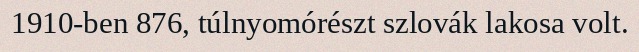
1910-ben 876, túlnyomórészt szlovák lakosa volt.